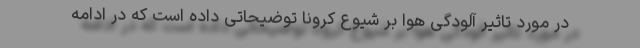
در مورد تاثیر آلودگی هوا بر شیوع کرونا توضیحاتی داده است که در ادامه